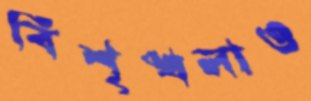
বিশৃঙ্খলাও